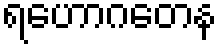
ရဟောဂတေန